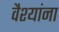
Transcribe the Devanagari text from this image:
वैश्यांना